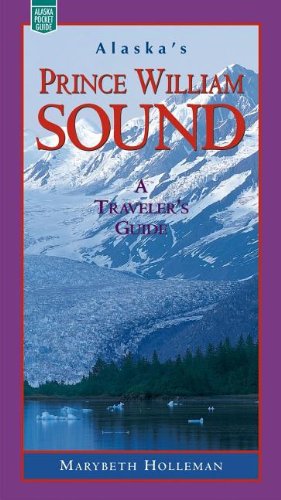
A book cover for Alaska's Prince William Sound; Marybeth Holleman; Travel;